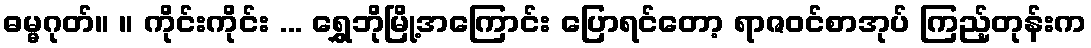
ဓမ္မဂုတ်။ ။ ကိုင်းကိုင်း ... ရွှေဘိုမြို့အကြောင်း ပြောရင်တော့ ရာဇဝင်စာအုပ် ကြည့်တုန်းက